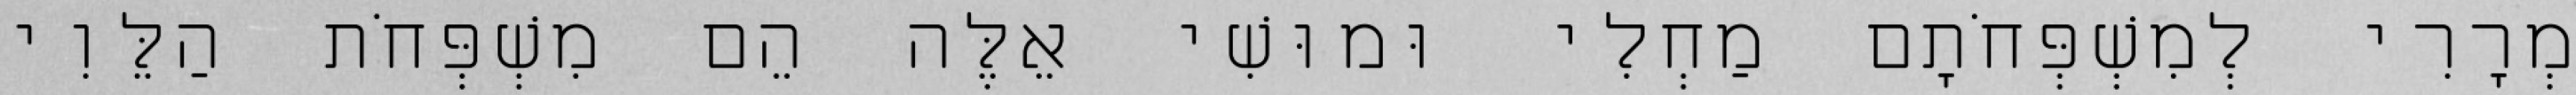
מְרָרִי לְמִשְׁפְּחֹתָם מַחְלִי וּמוּשִׁי אֵלֶּה הֵם מִשְׁפְּחֹת הַלֵּוִי